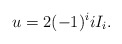
\begin{align*}u=2(-1)^{i}iI_{i}. \end{align*}